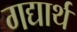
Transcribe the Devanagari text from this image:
गद्यार्थ